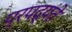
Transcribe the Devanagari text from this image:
प्रपद्यंते